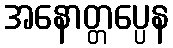
အနောတ္တပ္ပေန